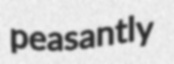
peasantly